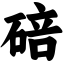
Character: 碚